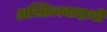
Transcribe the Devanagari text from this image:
अस्तित्ववादाची